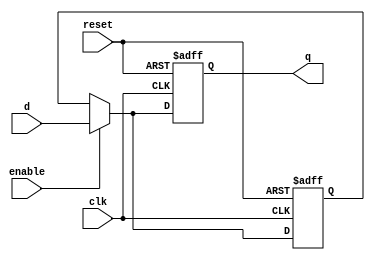
module transparent_latch_flipflop (
    input wire clk,
    input wire reset,
    input wire enable,
    input wire d,
    output reg q
);

reg temp;

always @ (posedge clk or posedge reset) begin
    if (reset) begin
        q <= 1'b0;
        temp <= 1'b0;
    end else if (enable) begin
        temp <= d;
        q <= d;
    end else begin
        q <= temp;
    end
end

endmodule